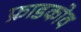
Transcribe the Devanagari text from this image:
फ्राडकोव